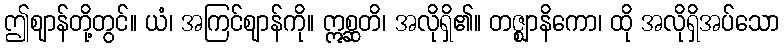
ဤဈာန်တို့တွင်။ ယံ၊ အကြင်ဈာန်ကို။ ဣစ္ဆတိ၊ အလိုရှိ၏။ တဇ္ဈာနိကော၊ ထို အလိုရှိအပ်သော